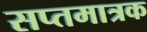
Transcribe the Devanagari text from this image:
सप्तमात्रक